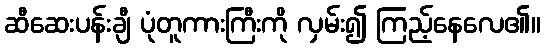
ဆီဆေးပန်းချီ ပုံတူကားကြီးကို လှမ်း၍ ကြည့်နေလေ၏။